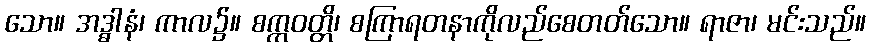
သော။ အဒ္ဓါနံ၊ ကာလ၌။ စက္ကဝတ္တိ၊ စကြာရတနာကိုလည်စေတတ်သော။ ရာဇာ၊ မင်းသည်။